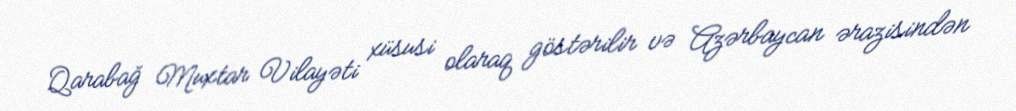
Qarabağ Muxtar Vilayəti xüsusi olaraq göstərilir və Azərbaycan ərazisindən